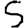
Digit: 5